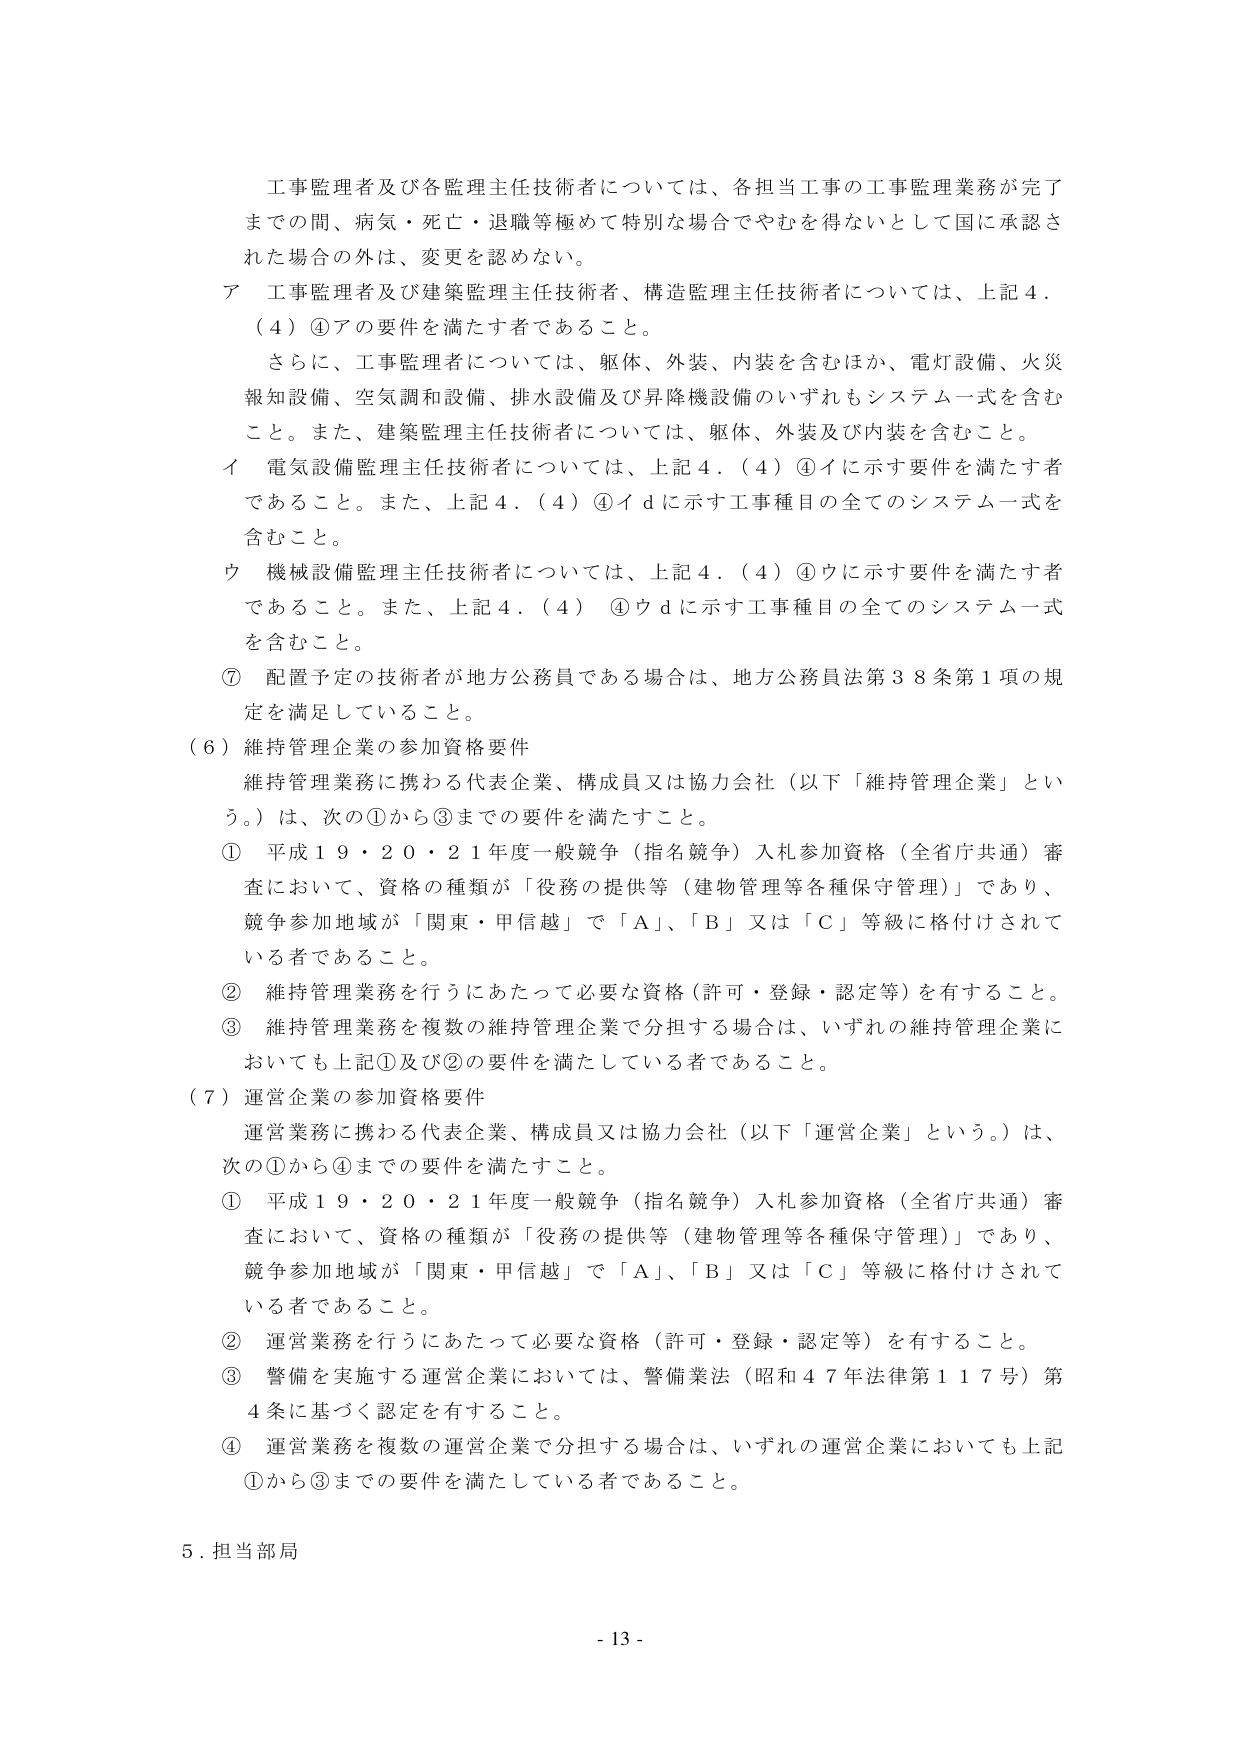
工事監理者及び各監理主任技術者については、各担当工事の工事監理業務が完了までの間、病気・死亡・退職等極めて特別な場合でやむを得ないとして国に承認された場合の外は、変更を認めない。

ア 工事監理者及び建築監理主任技術者、構造監理主任技術者については、上記４．（４）④アの要件を満たす者であること。

　さらに、工事監理者については、躯体、外装、内装を含むほか、電灯設備、火災報知設備、空気調和設備、排水設備及び昇降機設備のいずれもシステム一式を含むこと。また、建築監理主任技術者については、躯体、外装及び内装を含むこと。

イ 電気設備監理主任技術者については、上記４．（４）④イに示す要件を満たす者であること。また、上記４．（４）④イｄに示す工事種目の全てのシステム一式を含むこと。

ウ 機械設備監理主任技術者については、上記４．（４）④ウに示す要件を満たす者であること。また、上記４．（４）④ウｄに示す工事種目の全てのシステム一式を含むこと。

⑦ 配置予定の技術者が地方公務員である場合は、地方公務員法第３８条第１項の規定を満足していること。

（６）維持管理企業の参加資格要件

　維持管理業務に携わる代表企業、構成員又は協力会社（以下「維持管理企業」という。）は、次の①から③までの要件を満たすこと。

① 平成１９・２０・２１年度一般競争（指名競争）入札参加資格（全省庁共通）審査において、資格の種類が「役務の提供等（建物管理等各種保守管理）」であり、競争参加地域が「関東・甲信越」で「Ａ」、「Ｂ」又は「Ｃ」等級に格付けされている者であること。

② 維持管理業務を行うにあたって必要な資格（許可・登録・認定等）を有すること。

③ 維持管理業務を複数の維持管理企業で分担する場合は、いずれの維持管理企業においても上記①及び②の要件を満たしている者であること。

（７）運営企業の参加資格要件

　運営業務に携わる代表企業、構成員又は協力会社（以下「運営企業」という。）は、次の①から④までの要件を満たすこと。

① 平成１９・２０・２１年度一般競争（指名競争）入札参加資格（全省庁共通）審査において、資格の種類が「役務の提供等（建物管理等各種保守管理）」であり、競争参加地域が「関東・甲信越」で「Ａ」、「Ｂ」又は「Ｃ」等級に格付けされている者であること。

② 運営業務を行うにあたって必要な資格（許可・登録・認定等）を有すること。

③ 警備を実施する運営企業においては、警備業法（昭和４７年法律第１１７号）第４条に基づく認定を有すること。

④ 運営業務を複数の運営企業で分担する場合は、いずれの運営企業においても上記①から③までの要件を満たしている者であること。

５．担当部局

- 13 -